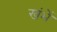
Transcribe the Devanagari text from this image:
खंभें